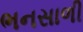
ભનસાળી